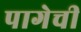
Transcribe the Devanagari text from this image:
पागेची